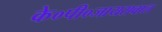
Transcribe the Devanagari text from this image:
के०पी०जायसवाल